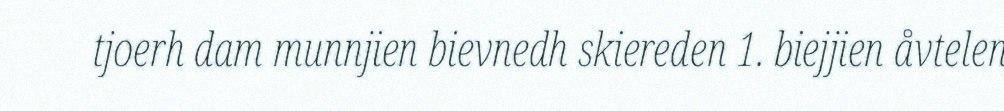
tjoerh dam munnjien bievnedh skiereden 1. biejjien åvtelen